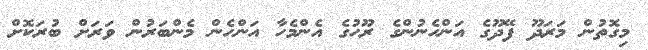
މިގޮތުން މަރަދޫ ފޭދޫގެ އަންހެނުންގެ ރޫހުގެ އެންމެހާ އަންހެން މެންބަރުން ވަރަށް ބުރަކޮށް